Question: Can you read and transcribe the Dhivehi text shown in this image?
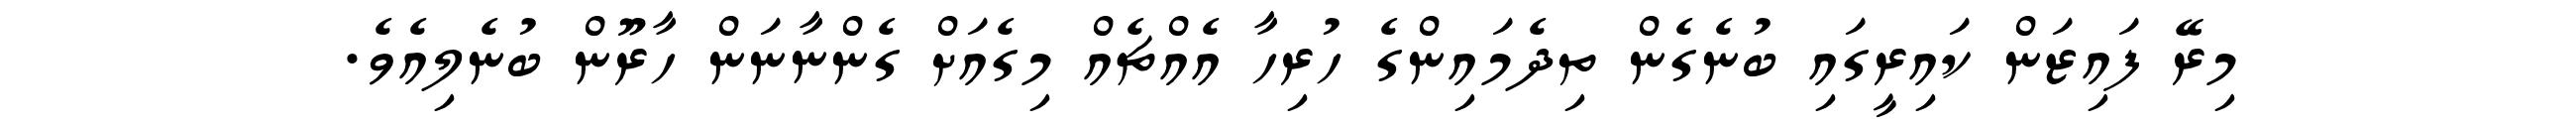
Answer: މިރޭ ފައިޒަން ކައިރީގައި ބުނެގެން ތިދެމައިންގެ ހުރިހާ އެއްޗެއް މިގެއަށް ގެންނާނަން ހާރޫން ބުނެލިއެވެ.